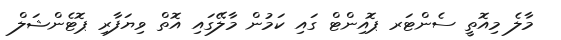
މާލެ މިއޮތީ ސެންޓަރ ޕޮއިންޓް ގައި ކަމުން މާލޭގައި އޮތް ވިޔަފާރި ޕޮޓެންޝަލް